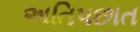
અતિપછાત